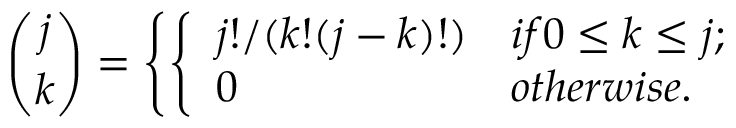
{ \binom { j } { k } } = \left\{ \left\{ \begin{array} { l l } { { j ! / ( k ! ( j - k ) ! ) } } & { { i f 0 \le k \le j ; } } \\ { { 0 } } & { { o t h e r w i s e . } } \end{array} \right. \right.